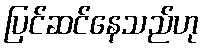
ပြင်ဆင်နေသည်ဟု